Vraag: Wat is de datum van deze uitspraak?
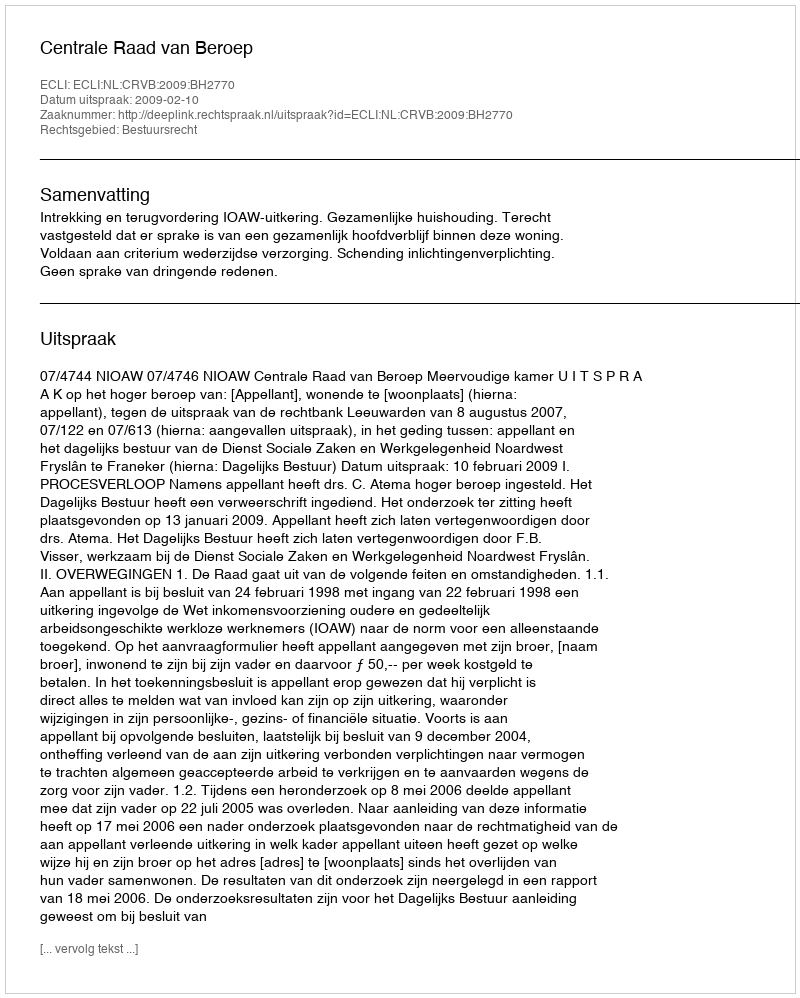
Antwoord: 2009-02-10